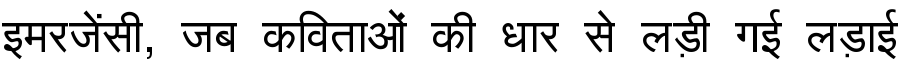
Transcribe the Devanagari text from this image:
इमरजेंसी, जब कविताओं की धार से लड़ी गई लड़ाई